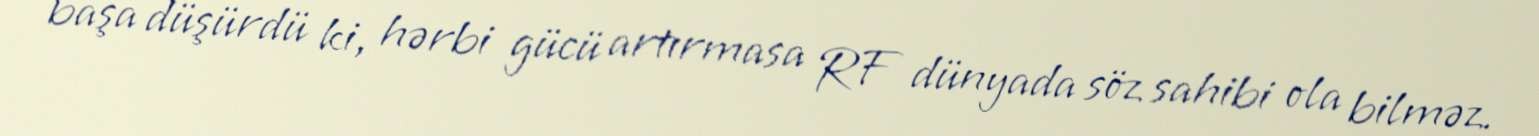
başa düşürdü ki, hərbi gücü artırmasa RF dünyada söz sahibi ola bilməz.